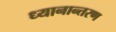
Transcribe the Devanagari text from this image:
ध्यानान्तरण